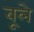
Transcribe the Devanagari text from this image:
बूले